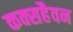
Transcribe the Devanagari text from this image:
कक्सहैवन